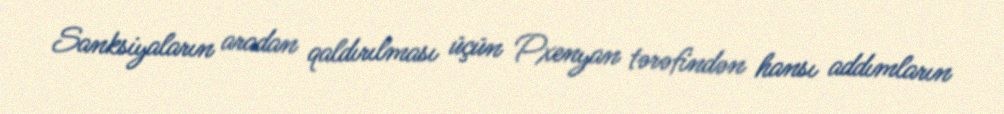
Sanksiyaların aradan qaldırılması üçün Pxenyan tərəfindən hansı addımların